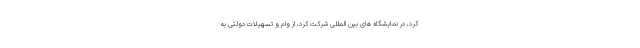
کرد، در نمایشگاه های بین المللی شرکت کرد، از وام و تسهیلات دولتی به